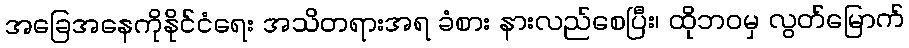
အခြေအနေကိုနိုင်ငံရေး အသိတရားအရ ခံစား နားလည်စေပြီး၊ ထိုဘဝမှ လွတ်မြောက်